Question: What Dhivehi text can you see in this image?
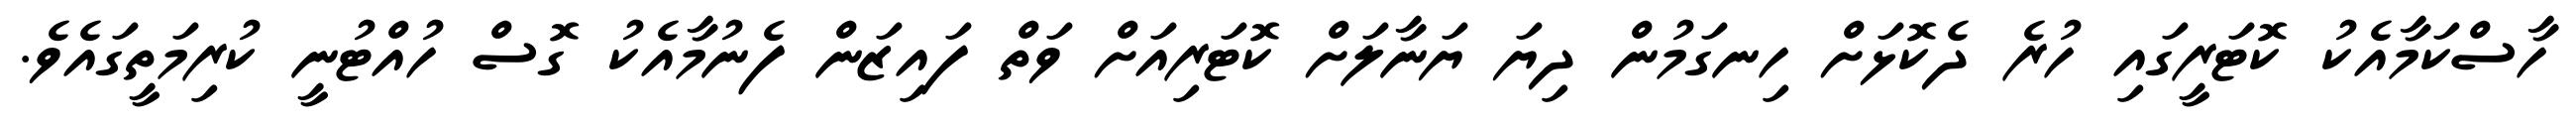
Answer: ހާސްކަމާއެކު ކޮޓަރީގައި ހުރެ ދެކޮޅަށް ހިނގަމުން ދިޔަ ޔަނާލަށް ކޮޓަރިއަށް ވަތް ފައިޒަން ފެނުމާއެކު ގޮސް ހުއްޓުނީ ކުރިމަތީގައެވެ.